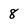
Character: 8